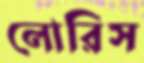
লোরিস